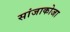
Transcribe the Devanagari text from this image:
सांजाकोजा